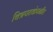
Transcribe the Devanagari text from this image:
चित्रपटकंपनीत